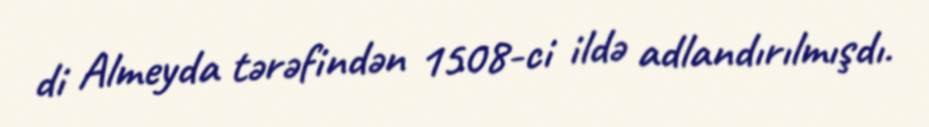
di Almeyda tərəfindən 1508-ci ildə adlandırılmışdı.